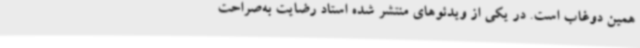
همین دوغاب است. در یکی از ویدئوهای منتشر شده استاد رضایت به‌صراحت